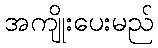
အကျိုးပေးမည်